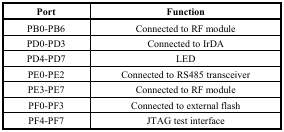
<table><thead><tr><td><b>Port</b></td><td><b>Function</b></td></tr></thead><tbody><tr><td>PB0-PB6</td><td>Connected to RF module</td></tr><tr><td>PD0-PD3</td><td>Connected to IrDA</td></tr><tr><td>PD4-PD7</td><td>LED</td></tr><tr><td>PE0-PE2</td><td>Connected to RS485 transceiver</td></tr><tr><td>PE3-PE7</td><td>Connected to RF module</td></tr><tr><td>PF0-PF3</td><td>Connected to external flash</td></tr><tr><td>PF4-PF7</td><td>JTAG test interface</td></tr></tbody></table>